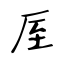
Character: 厔